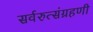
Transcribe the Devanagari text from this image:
सर्वरुत्संग्रहणी